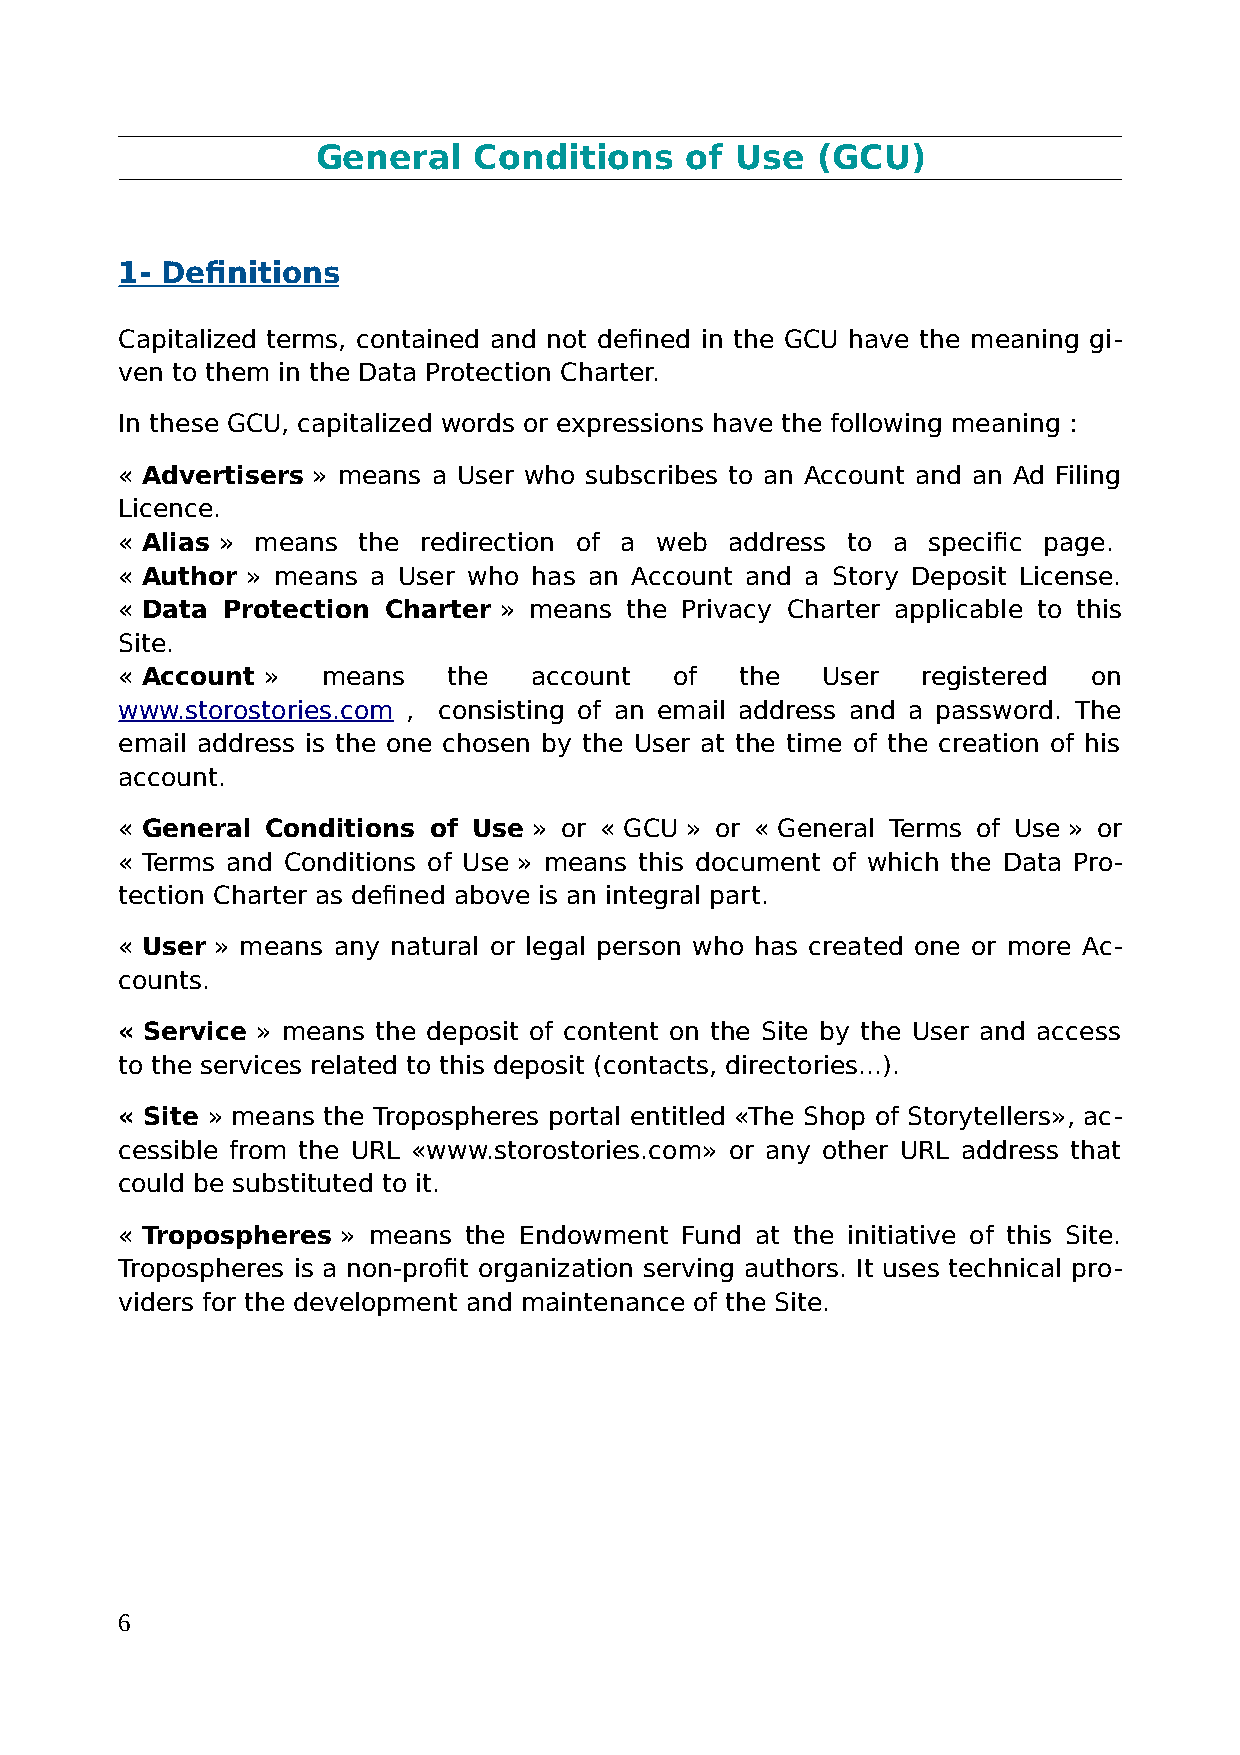
General   Conditions    of  Use  (GCU)
 1- Definitions
 Capitalized terms, contained and not defined in the GCU have the meaning gi-
 ven to them in the Data Protection Charter.
 In these GCU, capitalized words or expressions have the following meaning :
 « Advertisers » means a User who subscribes to an Account and an Ad Filing
 Licence.
 « Alias » means the redirection of a web address to a specific page.
 « Author » means a User who has an Account and a Story Deposit License.
 « Data Protection Charter » means the Privacy Charter applicable to this
 Site.
 « Account »  means    the  account   of  the  User   registered on
 www.storostories.com , consisting of an email address and a password. The
 email address is the one chosen by the User at the time of the creation of his
 account.
 « General Conditions of Use » or « GCU » or « General Terms of Use » or
 « Terms and Conditions of Use » means this document of which the Data Pro-
 tection Charter as defined above is an integral part.
 « User » means any natural or legal person who has created one or more Ac-
 counts.
 « Service » means the deposit of content on the Site by the User and access
 to the services related to this deposit (contacts, directories...).
 « Site » means the Tropospheres portal entitled «The Shop of Storytellers», ac-
 cessible from the URL «www.storostories.com» or any other URL address that
 could be substituted to it.
 « Tropospheres » means the Endowment Fund at the initiative of this Site.
 Tropospheres is a non-profit organization serving authors. It uses technical pro-
 viders for the development and maintenance of the Site.
 6